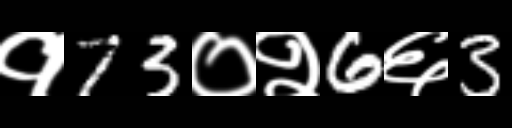
Text: १73०२6६3